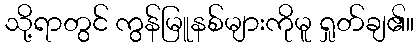
သို့ရာတွင် ကွန်မြူနစ်များကိုမူ ရှုတ်ချ၏။